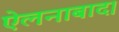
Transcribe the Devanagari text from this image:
ऐलनाबाद।